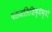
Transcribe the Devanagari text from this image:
पंतजलिशिष्येभ्यो